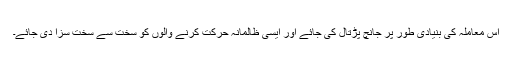
اس معاملہ کی بنیادی طور پر جانچ پڑتال کی جائے اور ایسی ظالمانہ حرکت کرنے والوں کو سخت سے سخت سزا دی جائے۔